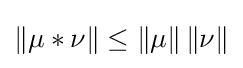
\|\mu *\nu \|\leq \left\|\mu \right\|\left\|\nu \right\|